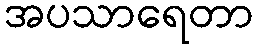
အပသာရေတာ